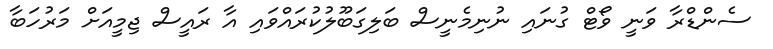
ސެންޑްރާ ވަނީ ވޯޓް ގުނައި ނުނިމެނީސް ބަލިގަބޫލުކުރައްވައި އާ ރައީސް ޖިމީއަށް މަރުހަބާ